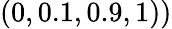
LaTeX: (0,0.1,0.9,1))